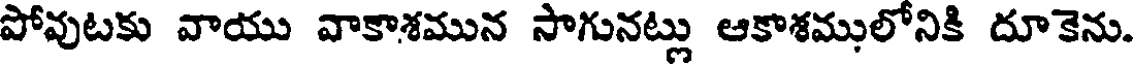
పోవుటకు వాయు వాకాశమున సాగునట్లు ఆకాశములోనికి దూకెను.